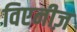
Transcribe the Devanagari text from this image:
विएनीज़